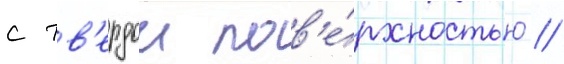
с тв'ердои пов'е́рхностью //